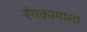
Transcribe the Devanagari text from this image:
रंगकामाला